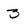
Character: 3